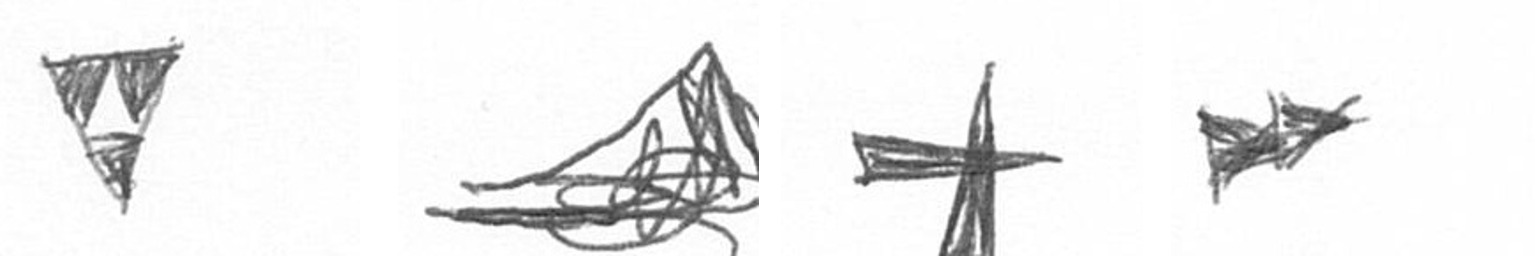
S O G A